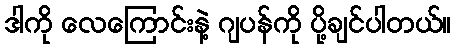
ဒါကို လေကြောင်းနဲ့ ဂျပန်ကို ပို့ချင်ပါတယ်။